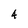
Character: 4